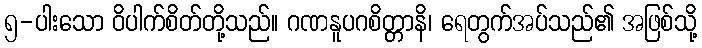
၅-ပါးသော ဝိပါက်စိတ်တို့သည်။ ဂဏနူပဂစိတ္တာနိ၊ ရေတွက်အပ်သည်၏ အဖြစ်သို့